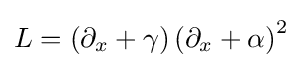
L=\left(\partial _{x}+\gamma \right)\left(\partial _{x}+\alpha \right)^{2}